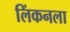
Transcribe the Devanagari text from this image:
लिंकनला